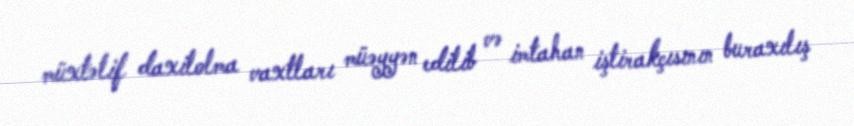
müxtəlif daxilolma vaxtları müəyyən edilib və imtahan iştirakçısının buraxılış